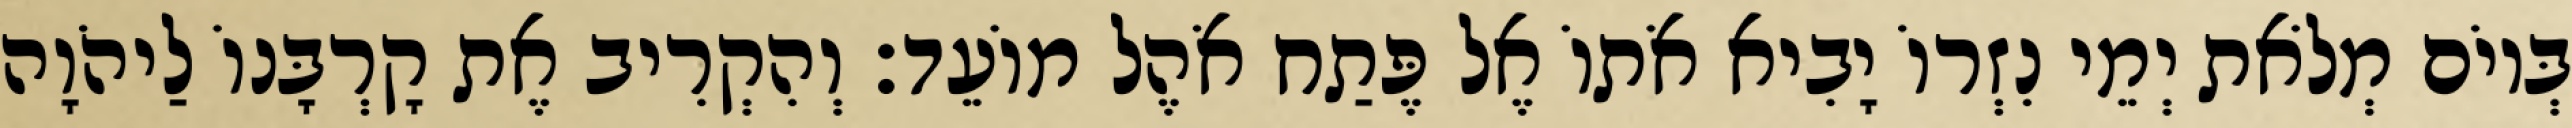
בְּיוֹם מְלֹאת יְמֵי נִזְרוֹ יָבִיא אֹתוֹ אֶל פֶּתַח אֹהֶל מוֹעֵד׃ וְהִקְרִיב אֶת קָרְבָּנוֹ לַיהֹוָה